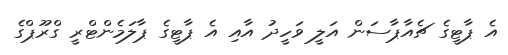
އެ ޕާޓީގެ ޗެއާޕާސަން އަލީ ވަހީދު އާއި އެ ޕާޓީގެ ޕާލަމެންޓްރީ ގްރޫޕްގެ